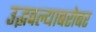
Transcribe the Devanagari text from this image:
उद्भवल्याबरोबर